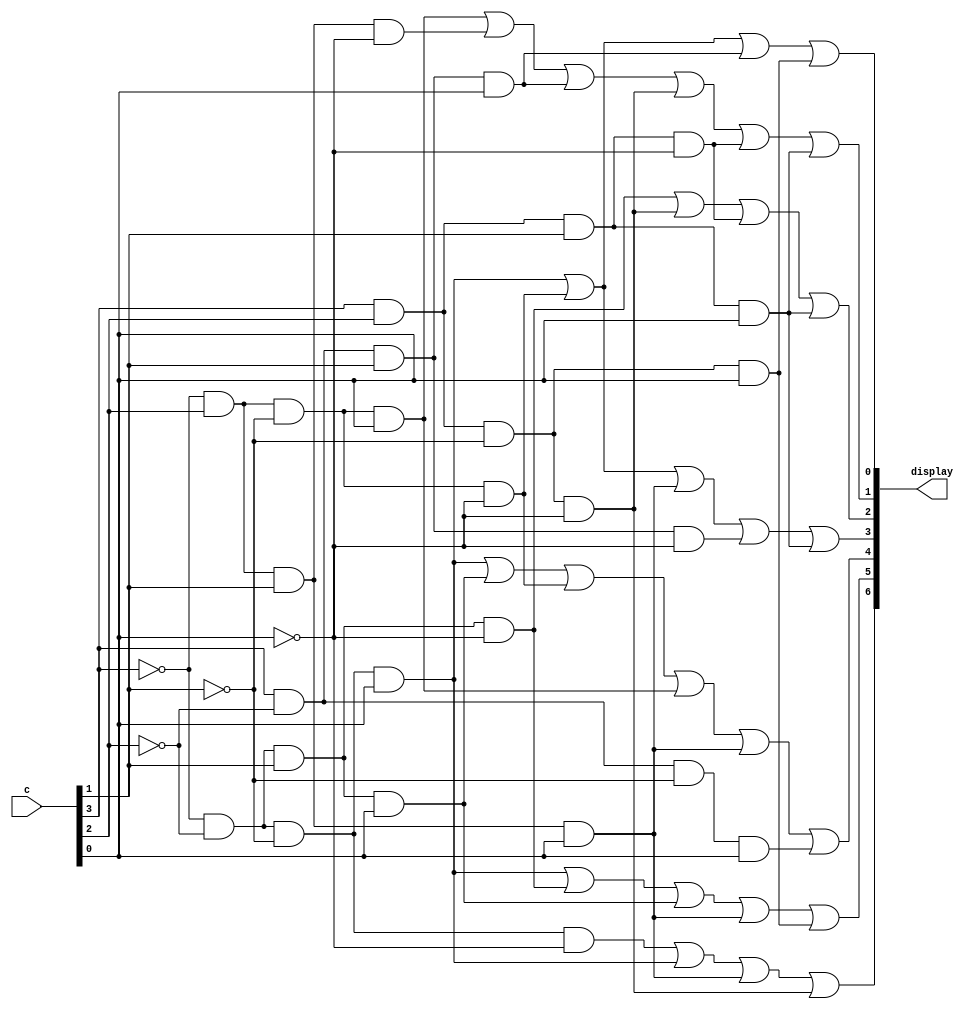
`timescale 1ns / 1ns // `timescale time_unit/time_precision


module hex_decoder(c, display);
    input [3:0] c;
    output [6:0] display;

    assign display[0] = (~c[3]&~c[2]&~c[1]&c[0])|(~c[3]&c[2]&~c[1]&~c[0])|(c[3]&~c[2]&c[1]&c[0])|(c[3]&c[2]&~c[1]&c[0]);
	assign display[1] = (~c[3]&c[2]&~c[1]&c[0])|(~c[3]&c[2]&c[1]&~c[0])|(c[3]&~c[2]&c[1]&c[0])|(c[3]&c[2]&~c[1]&~c[0])|(c[3]&c[2]&c[1]&~c[0])|(c[3]&c[2]&c[1]&c[0]);
	assign display[2] = (~c[3]&~c[2]&c[1]&~c[0])|(c[3]&c[2]&~c[1]&~c[0])|(c[3]&c[2]&c[1]&~c[0])|(c[3]&c[2]&c[1]&c[0]);
	assign display[3] = (~c[3]&~c[2]&~c[1]&c[0])|(~c[3]&c[2]&~c[1]&~c[0])|(~c[3]&c[2]&c[1]&c[0])|(c[3]&~c[2]&c[1]&~c[0])|(c[3]&c[2]&c[1]&c[0]);
	assign display[4] = (~c[3]&~c[2]&~c[1]&c[0])|(~c[3]&~c[2]&c[1]&c[0])|(~c[3]&c[2]&~c[1]&~c[0])|(~c[3]&c[2]&~c[1]&c[0])|(~c[3]&c[2]&c[1]&c[0])|(c[3]&~c[2]&~c[1]&c[0]);
	assign display[5] = (~c[3]&~c[2]&~c[1]&c[0])|(~c[3]&~c[2]&c[1]&~c[0])|(~c[3]&~c[2]&c[1]&c[0])|(~c[3]&c[2]&c[1]&c[0])|(c[3]&c[2]&~c[1]&c[0]);
	assign display[6] = (~c[3]&~c[2]&~c[1]&~c[0])|(~c[3]&~c[2]&~c[1]&c[0])|(~c[3]&c[2]&c[1]&c[0])|(c[3]&c[2]&~c[1]&~c[0]);
	
endmodule